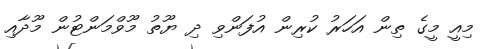
މިއީ މީގެ ތިން އަހަރު ކުރިން އުފަންވި ދި ޔޫތު މޫވްމަންޓުން މޫދާއި